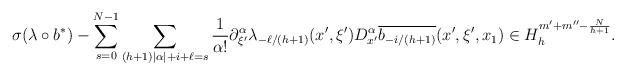
LaTeX: \begin{align*} \sigma(\lambda \circ b^{*}) - \sum_{s=0}^{N-1}\sum_{(h+1)|\alpha| + i + \ell = s}\frac{1}{\alpha!} \partial_{\xi'}^{\alpha}\lambda_{-\ell/(h+1)}(x', \xi') D_{x'}^{\alpha} \overline{b_{-i/(h+1)}}(x',\xi', x_1) \in H_{h}^{m' + m'' -\frac{N}{h+1}}.\end{align*}